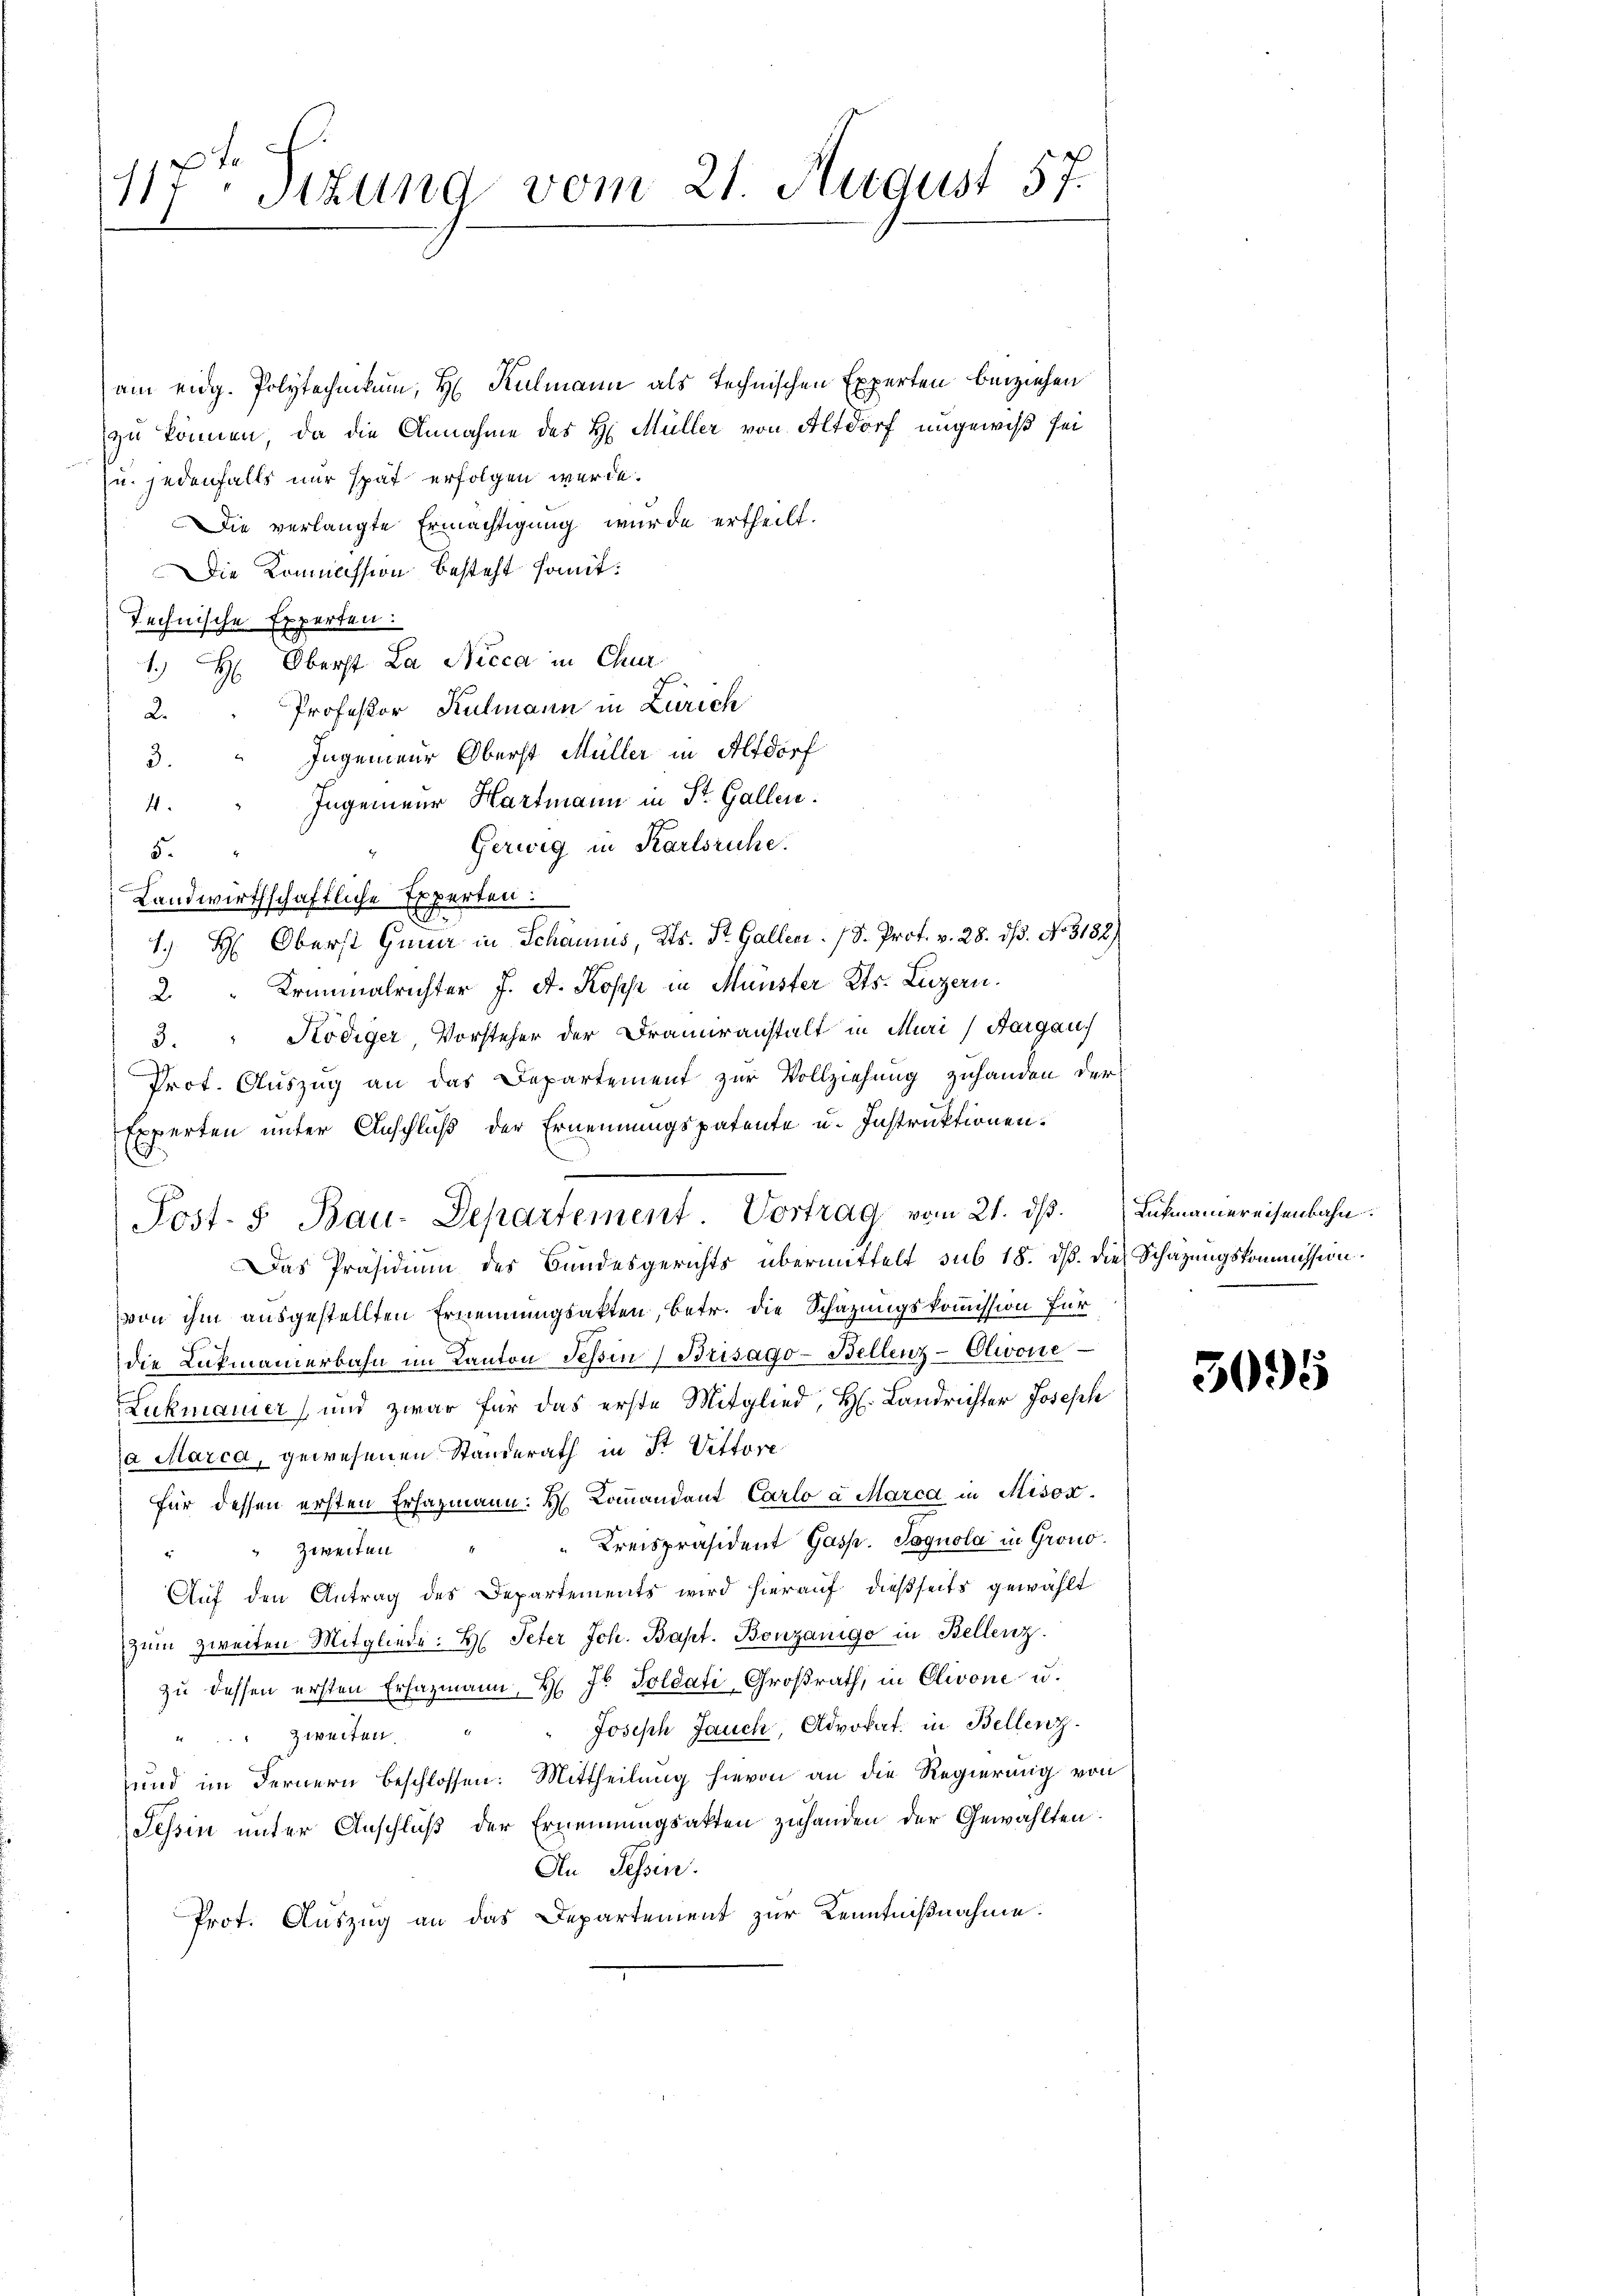
117 Stzung vom 21. August 57.

am eidg. Polytechnikum, H Kulmann als technischen Experten beiziehen
zu können, da die Annahme des H. Müller von Altdorf ungewiß sei
zu jedenfalls nur spät erfolgen werde.
Die verlangte Ermächtigung wurde ertheilt.
Die Kommission besteht sont:
Technische Experten:
1.) H: Oberst La Nicca in Chur
Professor Kulmann in Zürich
2.
3. " Ingenieur Oberst Müller in Altdorf
Ingenieur Hartmann in St. Gallen.
4.
Gerweg in Karlsruhe.
5.
Landwirthschaftliche Experten:
1. H: Oberst Gener in Schanius, Kts. St. Gallen. (S. Prof. v. 28. ds. No. 3132
2. " Kriminalrichter J. A. Kosche in Münster Kts. Luzern.
3. " Ködiger Vorsteher der Drameranstalt in Muri (Aargau,
Prot. Auszug an das Departement zur Vollziehung zuhanden der
Experten unter Anschluß der Ernennungspatente u. Instruktionene
Post- 5. Bau-Departement. Vortrag vom 21. dβ. Lukmannereisenbahn.
Das Präsidium des Bundesgerichts übermittelt sub 18. dβ. die Schazungskommission.
von ihm ausgestellten Ernennungsakten, betr. die Schätzungskommission für
die Lukmanierbahn im Kanton Tessin (Brisago-Bellenz-Olivone
Lukmanier, und zwar für das erste Mitglied, H. Landrichter Joseph
a Marca, gewesenen Standerath in Fr. Vittore
für dessen ersten Erhazmann. H. Commandant Carlo a Marca in Misox
"Kreispräsident Gasp. Sognola in Grono
" " Zweifen
Auf den Antrag des Departements wird hierauf dießseits gewählt
zŭm zweiten Mitgliede: H. Peter Joh. Bapt. Bonzanige in Bellenz
zu dessen ersten Erfazmann, H. Jo Soldati, Großrath, in Olivone u.
Joseph Jauch, Advokat in Bellenz
u. Zweiten.
und im Fernern beschlossen: Mittheilung hievon an die Regierung von
Tessin unter Anschluß der Ernennungsakten zuhanden der Gewählten.
An Tessin.
Prot. Auszug an das Departement zur Kenntnißnahme.

3095